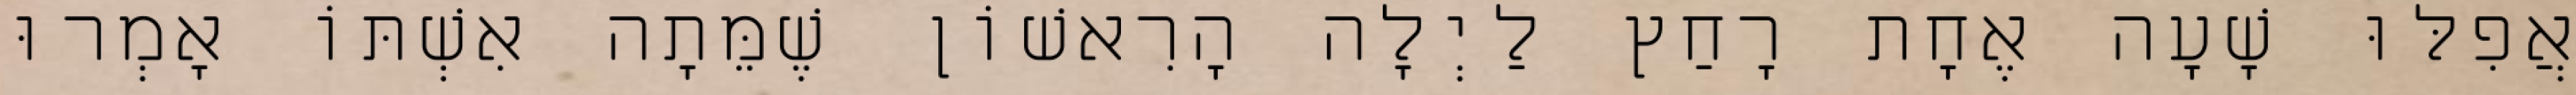
אֲפִלּוּ שָׁעָה אֶחָת רָחַץ לַיְלָה הָרִאשׁוֹן שֶׁמֵּתָה אִשְׁתּוֹ אָמְרוּ